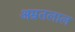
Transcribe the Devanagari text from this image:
अम्रतलाल